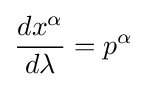
{\frac {dx^{\alpha }}{d\lambda }}=p^{\alpha }